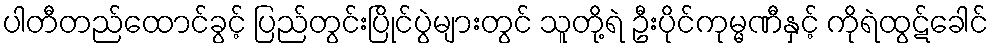
ပါတီတည်ထောင်ခွင့် ပြည်တွင်းပြိုင်ပွဲများတွင် သူတို့ရဲ ဦးပိုင်ကုမ္မဏီနှင့် ကိုရဲထွဋ်ခေါင်